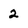
Character: 2